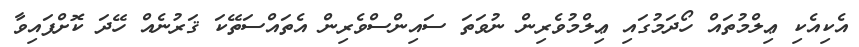
އެކިއެކި ޢިލްމުތައް ހޯދަމުގައި ޢިލްމުވެރިން ނުވަތަ ސައިންސްވެރިން އެތައްސަތޭކަ ޤަރުނެއް ހޭދަ ކޮށްފައިވާ